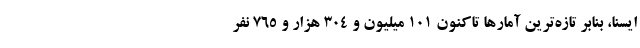
ایسنا، بنابر تازه‌ترین آمارها تاکنون ۱۰۱ میلیون و ۳۰۴ هزار و ۷۶۵ نفر